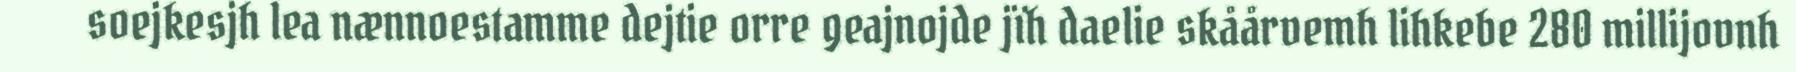
soejkesjh lea nænnoestamme dejtie orre geajnojde jïh daelie skåårvemh lihkebe 280 millijovnh